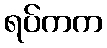
ရပ်ကက